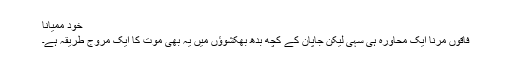
خود ممیانا
فاقوں مرنا ایک محاورہ ہی سہی لیکن جاپان کے کچھ بدھ بھکشوؤں میں یہ بھی موت کا ایک مروج طریقہ ہے۔